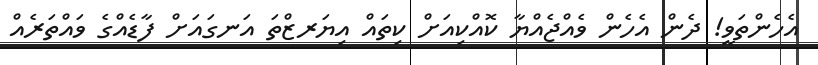
އެހެންތަވީ! ދެން އެހެން ވެއްޖެއްޔާ ކޮއްކިއަށް ކިތައް އިޔަރޒްތަ އަނގައަށް ފާޑެއްގެ ވައްތަރެއް